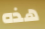
هذه